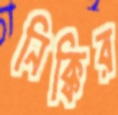
নিক্কির